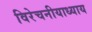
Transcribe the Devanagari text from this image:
विरेचनीयाध्याय